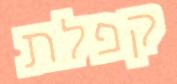
קפלת